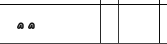
١٩